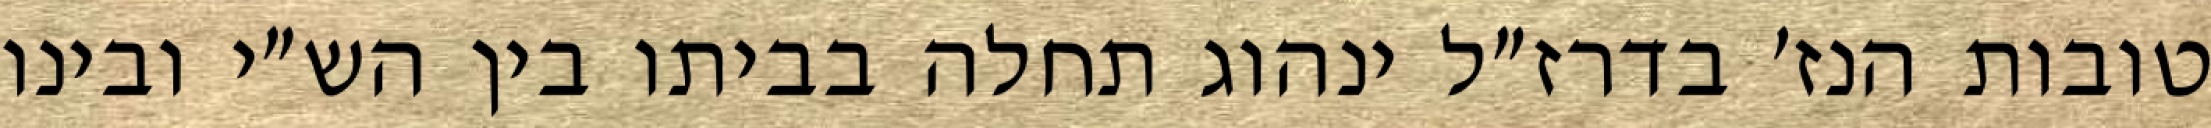
טובות הנז׳ בדרז״ל ינהוג תחלה בביתו בין הש״י ובינו